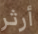
أرثر